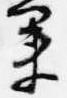
業